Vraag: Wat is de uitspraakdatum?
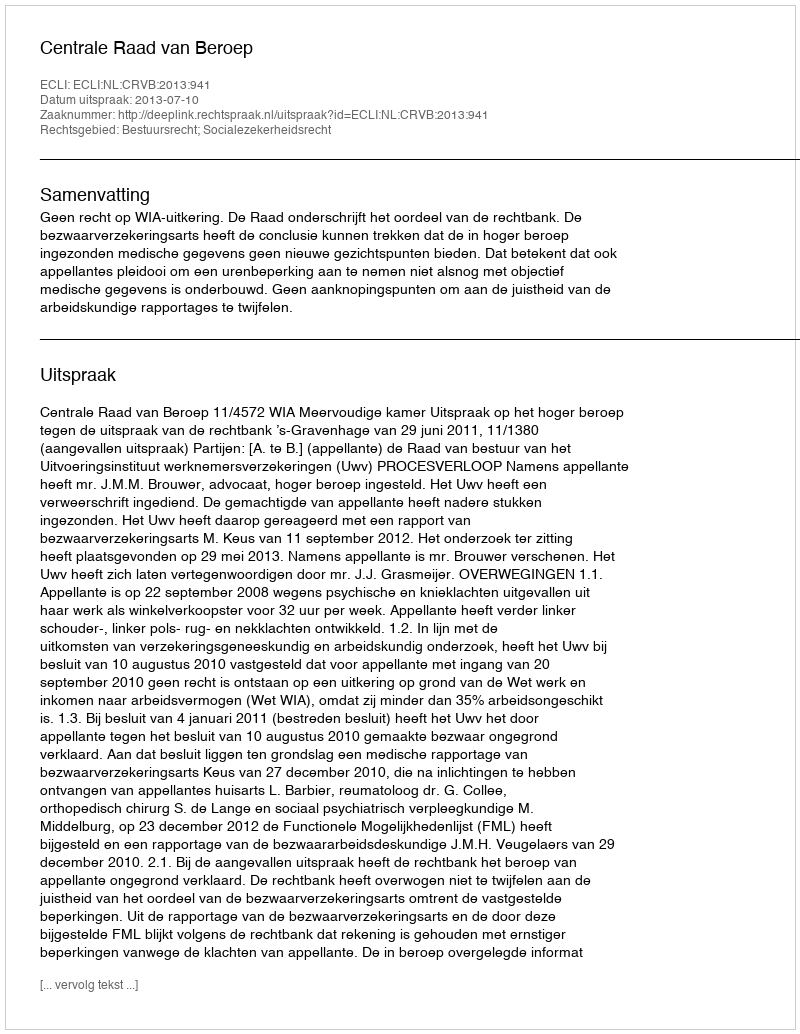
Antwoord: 2013-07-10